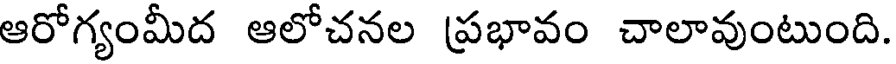
ఆరోగ్యంమీద ఆలోచనల ప్రభావం చాలావుంటుంది.